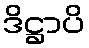
ဒိဋ္ဌာပိ